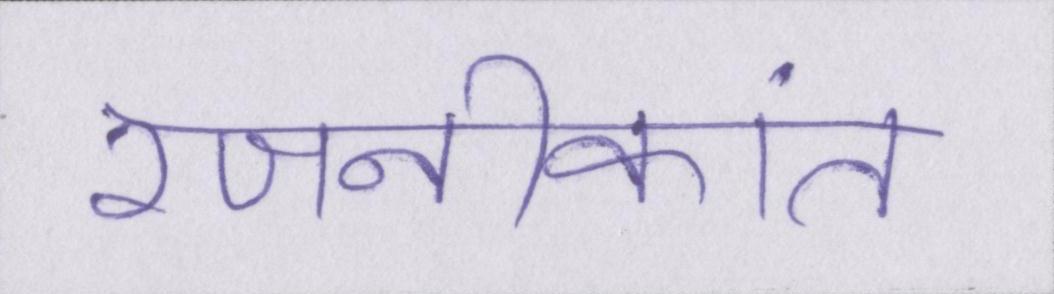
रजनीकांत